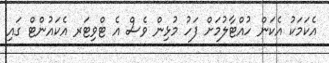
އެކަމަކު އެކަން ހުއްޓާލުމަށް ފަހު މުޅިން ވެސް އެ ޓްވިޓަރ އެކައުންޓް ގައި